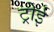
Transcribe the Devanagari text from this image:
ट्रोई